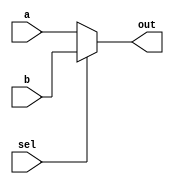
module mux2to1beh (input wire sel, input wire a, input wire b, output reg out);
// inputs declaration
    initial begin
    $dumpfile("mux2to1beh.vcd");
    $dumpvars(0, mux2to1beh_tb);
    end
    always @(sel, a, b)  //structural logic for 2to1mux
        if(sel)
            out = b;
        else
            out = a;
endmodule